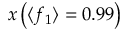
x \left( \langle f _ { 1 } \rangle = 0 . 9 9 \right)